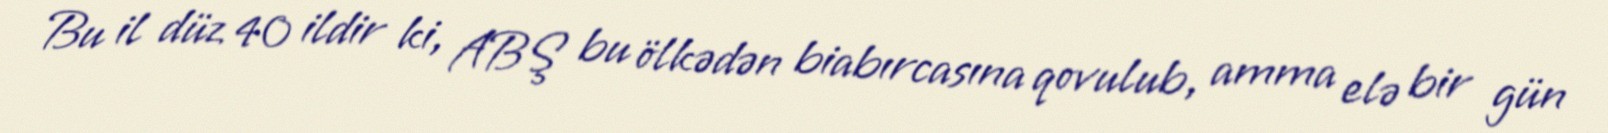
Bu il düz 40 ildir ki, ABŞ bu ölkədən biabırcasına qovulub, amma elə bir gün